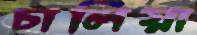
চালিয়া